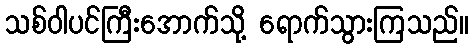
သစ်ဝါပင်ကြီးအောက်သို့ ရောက်သွားကြသည်။